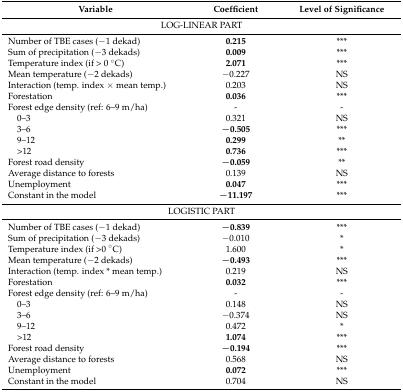
<table><thead><tr><td><b>Variable</b></td><td><b>Coefficient</b></td><td><b>Level of Significance</b></td></tr></thead><tbody><tr><td colspan="3">LOG-LINEAR PART</td></tr><tr><td>Number of TBE cases (−1 dekad)</td><td><b>0.215</b></td><td>***</td></tr><tr><td>Sum of precipitation (−3 dekads)</td><td><b>0.009</b></td><td>***</td></tr><tr><td>Temperature index (if &gt; 0 °C)</td><td><b>2.071</b></td><td>***</td></tr><tr><td>Mean temperature (−2 dekads)</td><td>−0.227</td><td>NS</td></tr><tr><td>Interaction (temp. index × mean temp.)</td><td>0.203</td><td>NS</td></tr><tr><td>Forestation</td><td><b>0.036</b></td><td>***</td></tr><tr><td>Forest edge density (ref: 6–9 m/ha)</td><td>-</td><td>-</td></tr><tr><td> 0–3</td><td>0.321</td><td>NS</td></tr><tr><td> 3–6</td><td><b>−0.505</b></td><td>***</td></tr><tr><td> 9–12</td><td><b>0.299</b></td><td>**</td></tr><tr><td> &gt;12</td><td><b>0.736</b></td><td>***</td></tr><tr><td>Forest road density</td><td><b>−0.059</b></td><td>**</td></tr><tr><td>Average distance to forests</td><td>0.139</td><td>NS</td></tr><tr><td>Unemployment</td><td><b>0.047</b></td><td>***</td></tr><tr><td>Constant in the model</td><td><b>−11.197</b></td><td>***</td></tr><tr><td colspan="3">LOGISTIC PART</td></tr><tr><td>Number of TBE cases (−1 dekad)</td><td><b>−0.839</b></td><td>***</td></tr><tr><td>Sum of precipitation (−3 dekads)</td><td>−0.010</td><td>*</td></tr><tr><td>Temperature index (if &gt;0 °C)</td><td>1.600</td><td>*</td></tr><tr><td>Mean temperature (−2 dekads)</td><td><b>−0.493</b></td><td>***</td></tr><tr><td>Interaction (temp. index * mean temp.)</td><td>0.219</td><td>NS</td></tr><tr><td>Forestation</td><td><b>0.032</b></td><td>***</td></tr><tr><td>Forest edge density (ref: 6–9 m/ha)</td><td>-</td><td>-</td></tr><tr><td> 0–3</td><td>0.148</td><td>NS</td></tr><tr><td> 3–6</td><td>−0.374</td><td>NS</td></tr><tr><td> 9–12</td><td>0.472</td><td>*</td></tr><tr><td> &gt;12</td><td><b>1.074</b></td><td>***</td></tr><tr><td>Forest road density</td><td><b>−0.194</b></td><td>***</td></tr><tr><td>Average distance to forests</td><td>0.568</td><td>NS</td></tr><tr><td>Unemployment</td><td><b>0.072</b></td><td>***</td></tr><tr><td>Constant in the model</td><td>0.704</td><td>NS</td></tr></tbody></table>